King Institute of Preventive Medicine Micro-Biological Section reports 1909-11
Year: 1909
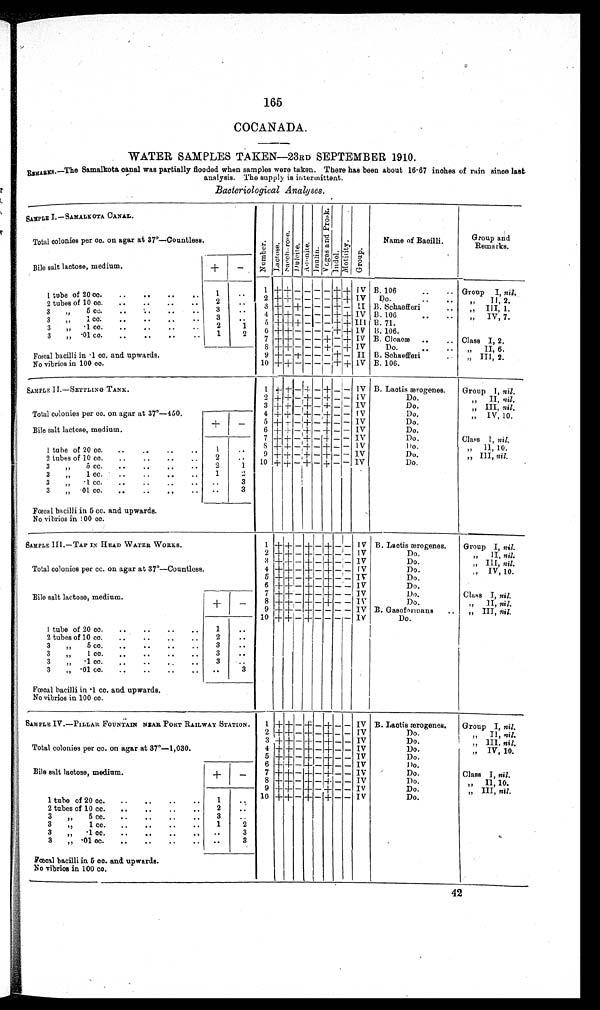
165
COCANADA.
WATER SAMPLES TAKEN—23RD SEPTEMBER 1910.
REMARKS.—The Samalkota canal was partially flooded when samples were taken. There has been about 16·67 inches of rain since
last analysis. The supply is intermittent.
Bacteriological Analyses.
SAMPLE I—SAMALKOTA CANAL.
Number.La c t os e . S a c c h a r o s e . Dul ci t e. Adoni t e . Inul i n.
V o g e s a n d p r o s k . Indol .Mo t i l i t y . Group.
Name of Bacilli.
Group and
Remarks.
Total colonies per cc. on agar at 37°—Countless.
Bile salt lactose, medium.
+
−
1 tube of 20 cc.
1
1
+ +
− −
− −
+ +
IV B. 106
Group I, nil.
2 tubes of 10 cc.
2
2
+ +
− − − −
+ +
I V Do.
„ I I , 2.
3 „ 5 cc.
3
3
+
−
+
− − −
+
− II B. Schaefferi
„ III, 1.
3 „ 1 cc.
3
4
+ +
− − − −
+ +
IV B. 106
„ IV, 7.
3 „ .1 cc.
2 1
5
+ + +
− − −
+ +
I I I B.71.
3 „ .01 cc.
1 2
6
+ +
− − − −
+ +
IV B. 106.
7
+ +
− − −
+
−
+
IV B. Cloacæ
Class I, 2.
8
+ +
− − −
+
−
+
IV
Do.
„ II, 6.
Fœcal bacilli in ·1 cc. and upwards.
9
+
−
+
− − −
+
− II B. Sehaefferi
„ III, 2.
No vibrios in 100 cc.
10
+ +
− − − −
+ +
IV B. 106.
SAMPLE II.—SETTLING TANK.
1
+ +
−
+
−
+
− − IV B. Laotis ærogenes.
Group I, nil.
2
+ +
−
+
−
+
− − IV
Do.
„ II, nil.
3
+ +
−
+
−
+
− − IV
Do.
„ III, nil.
Total colonies per cc. on agar at 37°—450.
4
+ +
−
+
−
+
− − IV
Do.
„ IV, 10.
Bile salt lactose, medium.
+ −
5
+ +
−
+
−
+
− −
I V
Do.
6
+ +
− + −
+
− −
I V
Do.
7
+ +
−
+
−
+
− − IV
Do.
Class I, nil.
8
+ +
−
+
−
+
− − IV
Do.
„ II, 10.
1 tube of 20 cc.
1
9
+ +
−
+
−
+
− − IV
Do.
„ III, nil.
2 tubes of 10 cc.
2
10
+ +
−
+
−
+
− − IV
Do.
3 „ 5 cc.
2
1
3 „ l cc.
1
2
3 „ .1 cc.
3
3 „ .01 cc.
3
Fœcal bacilli in 5 cc. and upwards.
No vibrios in 100 cc.
SAMPLE.III—TAP IN HEAD WATER WORKS.
1
+ +
−
+
−
+
− − IV B. Laotis ærogenes.
Group I, nil.
2
+ +
−
+
−
+
− − IV
Do.
„ II, nil.
3
+ +
−
+
−
+
− − IV
Do.
„ III, nil.
Total colonies per cc. on agar at 37°—Countless.
4
+ +
−
+
−
+
− − IV
Do.
IV, 10.
5
+ +
−
+
−
+
− − IV
Do.
6
+ +
−
+
−
+
− − IV
Do.
Bile salt lactose, medium.
+
−
7
+ +
−
+
−
+
− − IV
Do.
Class I, nil.
8
+ +
−
+
−
+
− − IV
Do.
„ II, nil.
9
+ +
−
+
−
+
− − IV B. Gasoformans
„ III, nil.
10
+ +
−
+
− < t d a l i g n = " c e n t e r " > & # 8 7 2 2 ; < / t d >
− − − IV
Do.
1 tube of 20 cc.
1
2 tubes of 10 cc.
2
3 „ 5 cc
.
3
3 „ 1 cc.
3
3·„ .1 cc.
3
3 „ .01 cc.
3
Fœcal bacilli in ·1 cc. and upwards.
No vibrios in 100 cc.
SAMPLE IV.—PILLAR FOUNTAIN NEAR PORT RAILWAY STATION.
1
+ +
−
+
−
+
− − IV B. Lactis ærogenes. Group I, nil.
2
+ +
−
+
−
+
− − IV
Do.
„ II, nil.
Total colonies per cc. on agar at 37°—1,030.
3
+ +
−
+
−
+
− − IV
Do.
,, III. nil.
4
+ +
−
+
−
+
− − IV
Do.
„ IV, 10.
5
+ +
−
+
−
+
− −
I V
Do
.
Bile salt lactose, medium.
+
−
6
+ +
−
+
−
+
− − IV
Do.
7
+ +
−
+
−
+
− − IV
Do.
Class I nil.
8
+ +
−
+
−
+
− −
I V
Do.
II, 10.
9
+ +
−
+
−
+
− − IV
Do.
„ III, nil.
1 tube of 20 cc.
1
10
+ +
−
+
−
+
− − IV
Do.
2 tubes of 10 cc.
2
3 „ 5 cc.
3
3 „ 1 cc.
1
2
3 „ .1 cc.
3
3 „ .01 cc.
3
Fœcal bacilli in 5 cc. and upwards.
No vibrios in 100 cc.
42